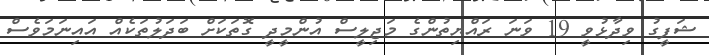
ޝަފީގު ވިދާޅުވީ 19 ވަނަ ރައްޔިތުންގެ މަޖިލީސް އުންމީދީ ގޮތަކަށް ބަދަލުތަކެއް އައިނަމަވެސް